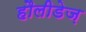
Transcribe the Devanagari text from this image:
हौलीडेज़